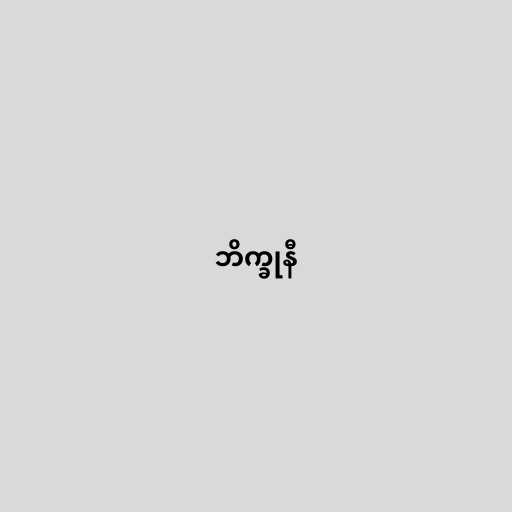
ဘိက္ခုနီ